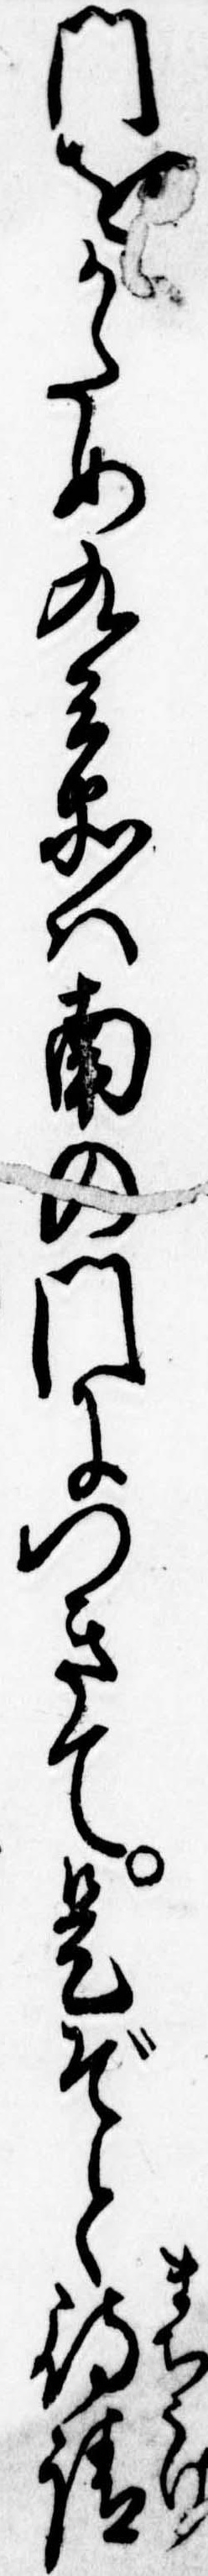
門をかため九兵衛は南の門につきて是ぞと待請